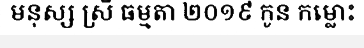
មនុស្ស ស្រី ធម្មតា ២០១៩ កូន កម្លោះ